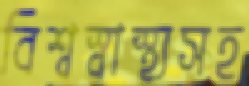
বিশ্বস্বাস্থ্যসহ